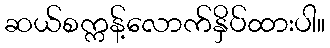
ဆယ်စက္ကန့်လောက်နှိပ်ထားပါ။